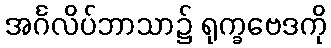
အင်္ဂလိပ်ဘာသာ၌ ရုက္ခဗေဒကို